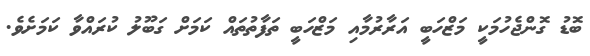
ބޮޑު ގޮންޖެހުމަކީ މަޒްހަބީ އަރާރުމާއި މަޒްހަބީ ތަފާތުތައް ކަމަށް ގަބޫލު ކުރައްވާ ކަމަށެވެ.